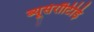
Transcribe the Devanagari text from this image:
ब्यूसेरॉटिड़ि